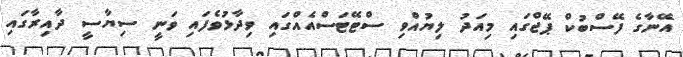
އޭނާގެ ފޭސްބުކް ޕޭޖްގައި މިއަދު ލިޔުއްވި ސްޓޭޓަސްއެއްގައި ވިދާޅުވެފައި ވަނީ ސިޔާސީ ދާއިރާގައި